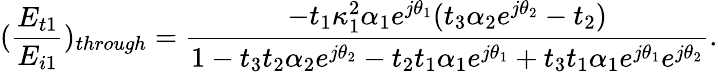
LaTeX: (\frac{E_{t1}}{E_{i1}})_{through}=\frac{-t_{1}\kappa_{1}^{2}\alpha_{1}e^{j\theta_{1}}(t_{3}\alpha_{2}e^{j\theta_{2}}-t_{2})}{1-t_{3}t_{2}\alpha_{2}e^{j\theta_{2}}-t_{2}t_{1}\alpha_{1}e^{j\theta_{1}}+t_{3}t_{1}\alpha_{1}e^{j\theta_{1}}e^{j\theta_{2}}}.